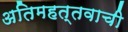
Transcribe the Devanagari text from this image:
अतिमहत्तवाची